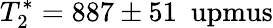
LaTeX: T_{2}^{\ast}=887\pm 51~\mathrm{\ upmus}